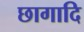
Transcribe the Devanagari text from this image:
छागादि